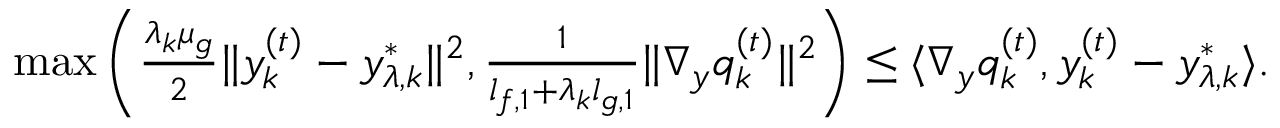
\begin{array} { r } { \operatorname* { m a x } \left( \frac { \lambda _ { k } \mu _ { g } } { 2 } \| y _ { k } ^ { ( t ) } - y _ { \lambda , k } ^ { * } \| ^ { 2 } , \frac { 1 } { l _ { f , 1 } + \lambda _ { k } l _ { g , 1 } } \| \nabla _ { y } q _ { k } ^ { ( t ) } \| ^ { 2 } \right) \le \langle \nabla _ { y } q _ { k } ^ { ( t ) } , y _ { k } ^ { ( t ) } - y _ { \lambda , k } ^ { * } \rangle . } \end{array}